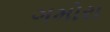
ગમોરા